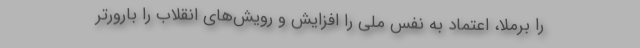
را برملا، اعتماد به نفس ملی را افزایش و رویش‌های انقلاب را بارورتر